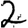
Digit: 2